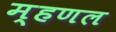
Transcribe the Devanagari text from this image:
म्‍हणल